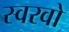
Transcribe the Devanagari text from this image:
स्वरवो